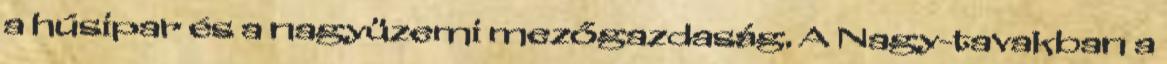
a húsipar és a nagyüzemi mezőgazdaság. A Nagy-tavakban a